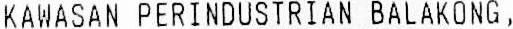
KAWASAN PERINDUSTRIAN BALAKONG,